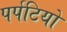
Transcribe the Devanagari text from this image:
पर्पटियो